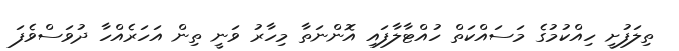
ތިލަފުށީ ހިއްކުމުގެ މަސައްކަތް ހުއްޓާލާފައި އޮންނަތާ މިހާރު ވަނީ ތިން އަހަރެއްހާ ދުވަސްވެފަ